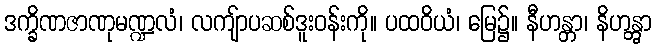
ဒက္ခိဏဇာဏုမဏ္ဍလံ၊ လကျ်ာပဆစ်ဒူးဝန်းကို။ ပထဝိယံ၊ မြေ၌။ နီဟန္တာ၊ နိဟန္တွာ